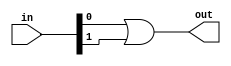
module OR
  #(parameter W = 2, DLY=5)
  (input  [W-1:0] in,
   output         out);

  wire [1:0] A;

  generate
    if (W == 2)
      assign A = in;
    else begin
      OR #(.W(W/2),.DLY(DLY)) instA(in[W/2-1:0],A[0]);
      OR #(.W(W/2),.DLY(DLY)) instB(in[W-1:W/2],A[1]);
    end
  endgenerate

  or #DLY (out,A[0],A[1]);


endmodule